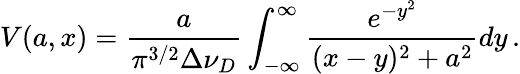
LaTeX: V(a,x)=\frac{a}{\pi^{3/2}\Delta\nu_{D}}\int_{-\infty}^{\infty}\frac{e^{-y^{2}}}{(x-y)^{2}+a^{2}}dy\, .